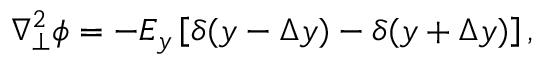
\nabla _ { \perp } ^ { 2 } \phi = - E _ { y } \left[ \delta ( y - \Delta y ) - \delta ( y + \Delta y ) \right] ,